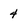
Character: 4